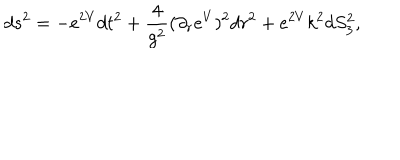
d s ^ { 2 } = - e ^ { 2 V } d t ^ { 2 } + { \frac { 4 } { g ^ { 2 } } ( } \partial _ { r } e ^ { V } ) ^ { 2 } d r ^ { 2 } + e ^ { 2 V } k ^ { 2 } d S _ { 3 } ^ { 2 } ,